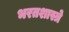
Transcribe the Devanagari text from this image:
भरतशास्त्रे